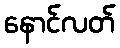
နောင်လတ်